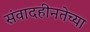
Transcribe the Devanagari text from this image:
संवादहीनतेच्या